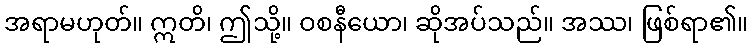
အရာမဟုတ်။ ဣတိ၊ ဤသို့။ ဝစနီယော၊ ဆိုအပ်သည်။ အဿ၊ ဖြစ်ရာ၏။